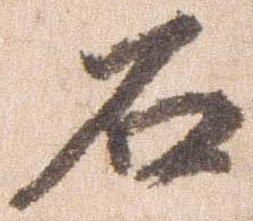
石